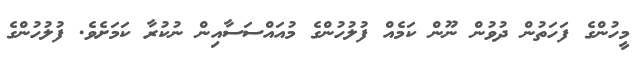
މީހުންގެ ފަހަތުން ދުވުން ނޫން ކަމެއް ފުލުހުންގެ މުއައްސަސާއިން ނުކުރާ ކަމަށެވެ. ފުލުހުންގެ